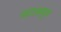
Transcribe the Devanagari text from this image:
नटाकडून